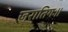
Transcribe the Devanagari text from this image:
जरातिगः।।